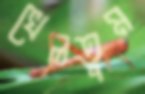
খেলতুম